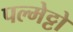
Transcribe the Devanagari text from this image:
पल्मेट्टो